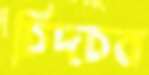
চিদচব